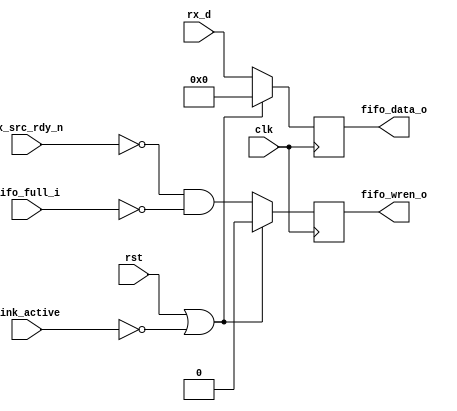
`timescale 1ns/1ps

module rx_control(
		  rst,
		  clk,

		  rx_d,
		  rx_src_rdy_n,
		  link_active,

		  fifo_data_o,
		  fifo_wren_o,
		  fifo_full_i
		 );
parameter WIDTH=32;

input rst;
input[WIDTH-1:0] rx_d; 
input rx_src_rdy_n;
input clk;
input link_active;
output [WIDTH-1:0] fifo_data_o;
output fifo_wren_o;
input fifo_full_i;

reg [WIDTH-1:0] data;
reg data_valid;

always@(posedge clk) begin
	if(rst|(~link_active)) begin
		data<=0;
		data_valid<=0;
	end else begin
		data<=rx_d;
		data_valid<=(~rx_src_rdy_n) & (~fifo_full_i);
	end
end

assign fifo_data_o=data;
assign fifo_wren_o=data_valid;

endmodule